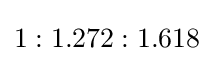
1:1.272:1.618